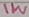
Text: 1W